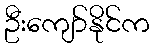
ဦးကျော်နိုင်က